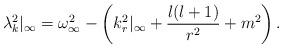
LaTeX: \begin{align*}\lambda^2_k|_\infty=\omega^2_\infty-\left(k_r^2|_\infty+{l(l+1)\over r^2}+m^2\right).\end{align*}